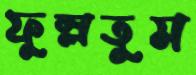
ফুস্‌লতুম